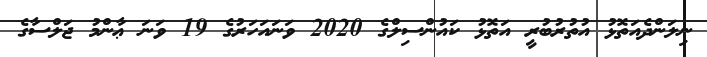
ނިލަންދެއަތޮޅު އުތުރުބުރީ އަތޮޅު ކައުންސިލްގެ 2020 ވަނައަހަރުގެ 19 ވަނަ ޢާންމު ޖަލްސާގެ